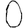
Digit: 0